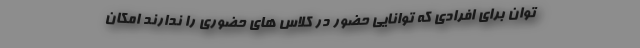
توان برای افرادی که توانایی حضور در کلاس های حضوری را ندارند امکان